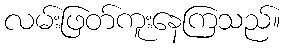
လမ်းဖြတ်ကူးနေကြသည်။